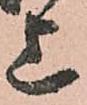
上